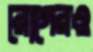
রোগেরও